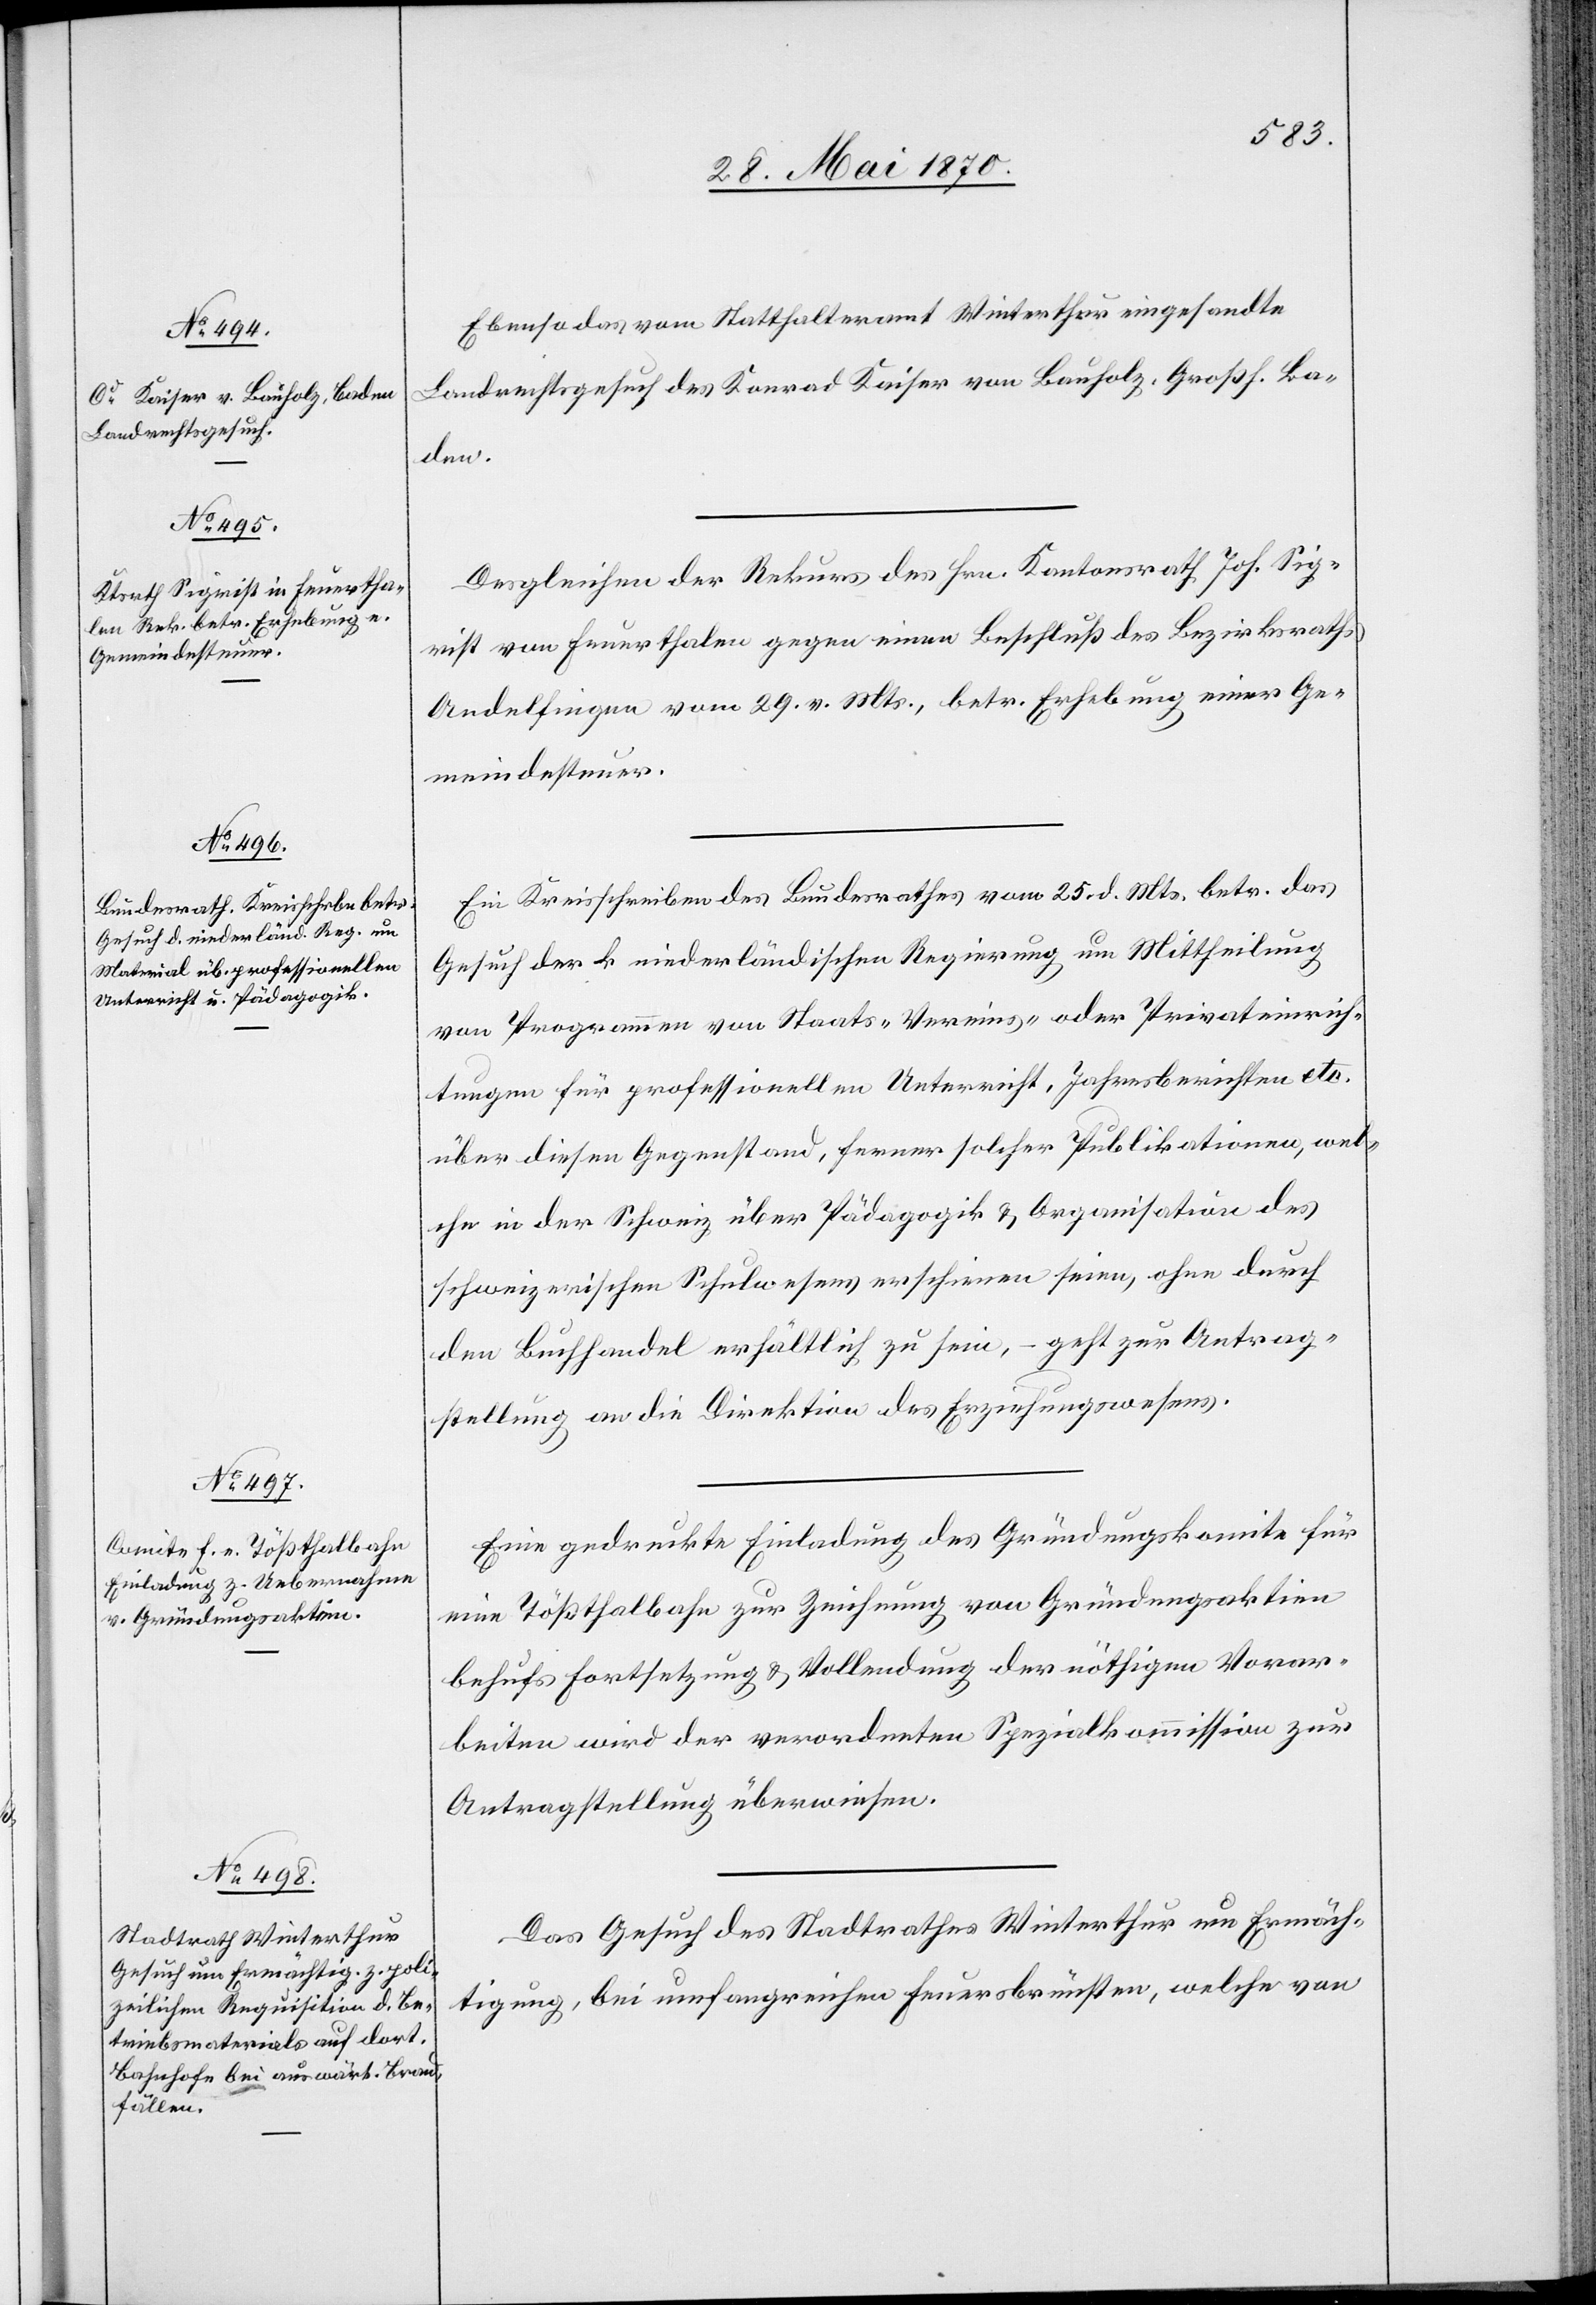
30. Mai 1870.]
Ebenso das vom Statthalteramt Winterthur eingesandte
Landrechtsgesuch des Konrad [sic!] Kaiser von Bauholz, Großh. Ba¬
den.
Desgleichen der Rekurs des Hrn. Kantonsrath Joh. Sig¬
rist von Feuerthalen gegen einen Beschluß des Bezirksraths
Andelfingen vom 29. v. Mts., betr. Erhebung einer Ge¬
meindesteuer.
Ein Kreisschreiben des Bundesrathes vom 25. d. Mts. betr. das
Gesuch der k. niederländischen Regierung um Mittheilung
von Programmen von Staats-[,] Vereins- oder Privateinrich¬
tungen für professionellen Unterricht, Jahresberichten etc.
über diesen Gegenstand, ferner solcher Publikationen, wel¬
che in der Schweiz über Pädagogik & Organisation des
schweizerischen Schulwesens erschienen seien, ohne durch
den Buchhandel erhältlich zu sein, – geht zur Antrag¬
stellung an die Direktion des Erziehungswesens.
Eine gedruckte Einladung des Gründungskomite für
eine Tößthalbahn zur Zeichnung von Gründungsaktien
behufs Fortsetzung & Vollendung der nöthigen Vorar¬
beiten wird der verordneten Spezialkommission zur
Antragstellung überwiesen.
Das Gesuch des Stadtrathes Winterthur um Ermäch¬
tigung, bei umfangreichen Feuersbrünsten, welche von